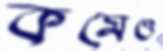
কমেও